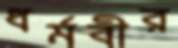
ধর্মবীর